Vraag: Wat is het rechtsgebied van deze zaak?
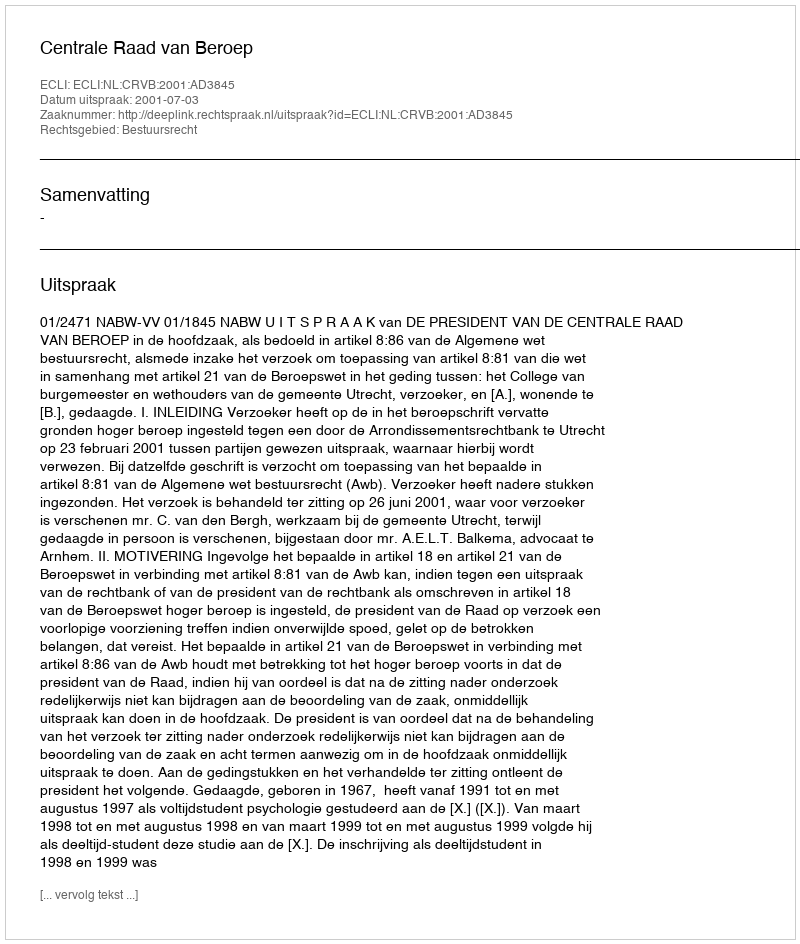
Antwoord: Bestuursrecht